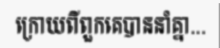
ក្រោយពីពួកគេបាននាំគ្នា...